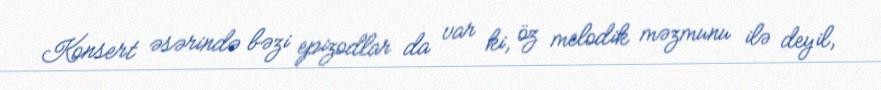
Konsert əsərində bəzi epizodlar da var ki, öz melodik məzmunu ilə deyil,